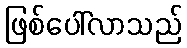
ဖြစ်ပေါ်လာသည်